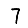
Digit: 7